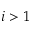
i > 1